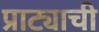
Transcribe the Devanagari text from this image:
प्राट्याची